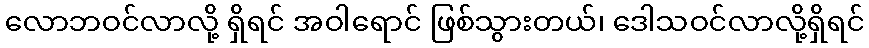
လောဘဝင်လာလို့ ရှိရင် အဝါရောင် ဖြစ်သွားတယ်၊ ဒေါသဝင်လာလို့ရှိရင်